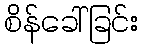
စိန်ခေါ်ခြင်း